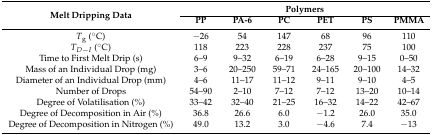
<table><thead><tr><td rowspan="2"><b>Melt Dripping Data</b></td><td colspan="6"><b>Polymers</b></td></tr><tr><td><b>PP</b></td><td><b>PA-6</b></td><td><b>PC</b></td><td><b>PET</b></td><td><b>PS</b></td><td><b>PMMA</b></td></tr></thead><tbody><tr><td><i>T</i><sub>g</sub> (°C)</td><td>−26</td><td>54</td><td>147</td><td>68</td><td>96</td><td>110</td></tr><tr><td><i>T</i><sub>D–I</sub> (°C)</td><td>118</td><td>223</td><td>228</td><td>237</td><td>75</td><td>100</td></tr><tr><td>Time to First Melt Drip (s)</td><td>6–9</td><td>9–32</td><td>6–19</td><td>6–28</td><td>9–15</td><td>0–50</td></tr><tr><td>Mass of an Individual Drop (mg)</td><td>3–6</td><td>20–250</td><td>59–71</td><td>24–165</td><td>20–100</td><td>14–32</td></tr><tr><td>Diameter of an Individual Drop (mm)</td><td>4–6</td><td>11–17</td><td>11–12</td><td>9–11</td><td>9–10</td><td>4–5</td></tr><tr><td>Number of Drops</td><td>54–90</td><td>2–10</td><td>7–12</td><td>7–12</td><td>13–20</td><td>10–14</td></tr><tr><td>Degree of Volatilisation (%)</td><td>33–42</td><td>32–40</td><td>21–25</td><td>16–32</td><td>14–22</td><td>42–67</td></tr><tr><td>Degree of Decomposition in Air (%)</td><td>36.8</td><td>26.6</td><td>6.0</td><td>−1.2</td><td>26.0</td><td>35.0</td></tr><tr><td>Degree of Decomposition in Nitrogen (%)</td><td>49.0</td><td>13.2</td><td>3.0</td><td>−4.6</td><td>7.4</td><td>−13</td></tr></tbody></table>